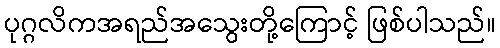
ပုဂ္ဂလိကအရည်အသွေးတို့ကြောင့် ဖြစ်ပါသည်။